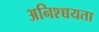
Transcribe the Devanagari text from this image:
अनिश्च्चयता